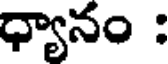
ధ్యానం :